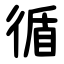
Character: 循